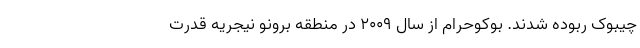
چیبوک ربوده شدند. بوکوحرام از سال ۲۰۰۹ در منطقه برونو نیجریه قدرت